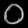
Digit: ၀